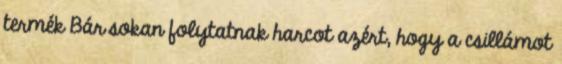
termék Bár sokan folytatnak harcot azért, hogy a csillámot